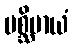
ပစ္ဆိမာယံ